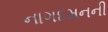
નાગદમનની